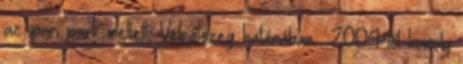
az ipari park mellett, Vidrátszeg határában . 2004-től komoly